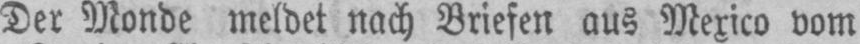
Der Monde meldet nach Briefen aus Mexico vom